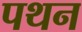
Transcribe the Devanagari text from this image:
पथन